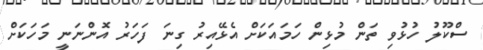
ސްކޫލު ހުޅުވި ތަން މުޅިން ހަމައަކަށް އެޅޭއިރު ގިނަ ފަހަރު އޮންނަނީ މަހަކަށް